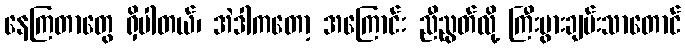
နေကြတာတွေ ရှိပါတယ်၊ အဲဒါကတော့ အကြောင်း ညီညွတ်လို့ ကြီးပွားချမ်းသာတောင်